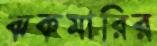
ঝকমারির